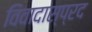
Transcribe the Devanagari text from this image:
विवादास्प्रद